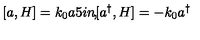
[ a , H ] = k _ { 0 } a \makebox [ . 5 i n ] { , } [ a ^ { \dagger } , H ] = - k _ { 0 } a ^ { \dagger }